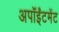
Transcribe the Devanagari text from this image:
अपॉईंटमेंट